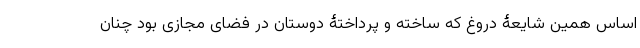
اساس همین شایعۀ دروغ که ساخته و پرداختۀ دوستان در فضای مجازی بود چنان